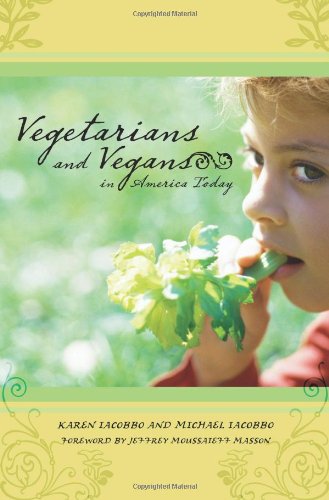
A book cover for Vegetarians and Vegans in America Today (American Subcultures); Karen Iacobbo; Health, Fitness & Dieting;